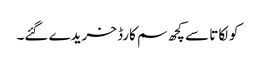
کولکاتا سے کچھ سم کارڈ خریدے گئے۔